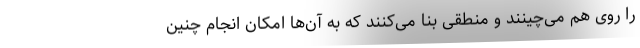
را روی هم می‌چینند و منطقی بنا می‌کنند که به آن‌ها امکان انجام چنین